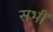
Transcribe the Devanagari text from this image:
सभीं